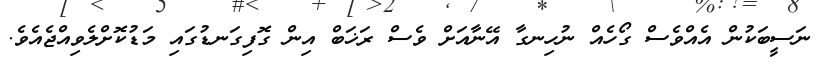
ނަސީބަކުން އެއްވެސް ގޯހެއް ނުހިނގާ އޭނާއަށް ވެސް ރަޚަބް އިން ގޮފިގަނޑުގައި މަޑުކޮށްލެވިއްޖެއެވެ.